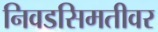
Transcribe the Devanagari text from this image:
निवडसिमतीवर